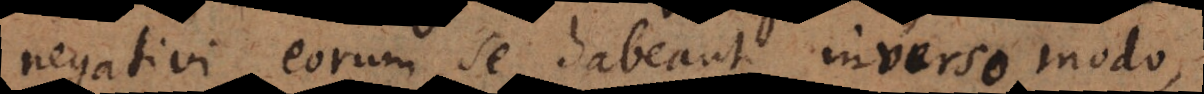
negativi eorum se habeant inverso modo,